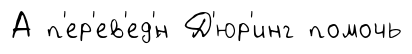
А п'ер'ев'ед'́н Д'юр'инг помочь